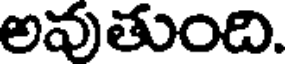
అవుతుంది.